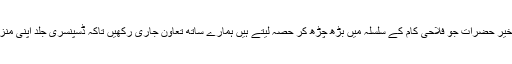
آخر میں ڈسکہ میں مقیم مخیر حضرات جو فلاحی کام کے سلسلہ میں بڑھ چڑھ کر حصہ لیتے ہیں ہمارے ساتھ تعاون جاری رکھیں تاکہ ڈسپنسری جلد اپنی منزل مقصود حاصل کرپائے۔